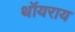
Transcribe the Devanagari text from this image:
थॉयराय